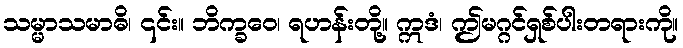
သမ္မာသမာဓိ၊ ၎င်း။ ဘိက္ခဝေ၊ ရဟန်းတို့။ ဣဒံ၊ ဤမဂ္ဂင်ရှစ်ပါးတရားကို။